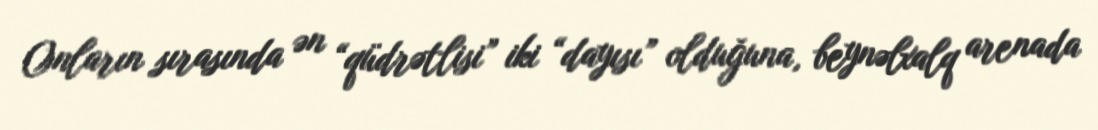
Onların sırasında ən “qüdrətlisi” iki “dayısı” olduğuna, beynəlxalq arenada